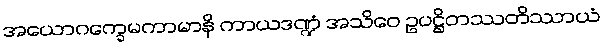
အယောဂက္ခေမကာမာနိ ကာယဒဏ္ဍံ အသိဝေ ဥပဋ္ဌိတဿတိဿာယံ